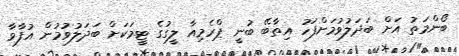
ބޯންމަތު އަށް ބަދަލުވުމަށްފަހު އިތާބޭ ބުނީ ޕްރެމިއާ ލީގުގެ ޓީމަކަށް ބަދަލުވުމުން އުފާވާ